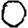
Digit: 0